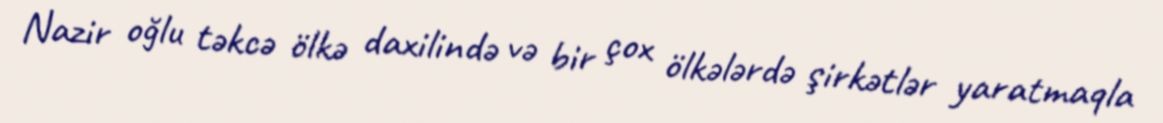
Nazir oğlu təkcə ölkə daxilində və bir çox ölkələrdə şirkətlər yaratmaqla